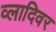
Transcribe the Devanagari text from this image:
व्लादिवर